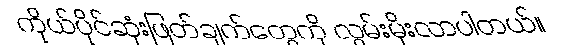
ကိုယ်ပိုင်ဆုံးဖြတ်ချက်တွေကို လွမ်းမိုးလာပါတယ်။